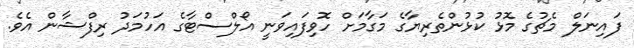
ފައިނަލް މެޗުގެ މޮޅު ކުޅުންތެރިޔާގެ މަގާމަށް ހޮވިފައިވަނީ އޯލްސްޓާގެ އަހުމަދު ރިފްޝާން އެވެ.